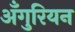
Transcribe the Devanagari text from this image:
अँगुरियन